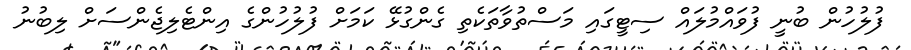
ފުލުހުން ބުނީ ފުވައްމުލައް ސިޓީގައި މަސްތުވާތަކެތި ގެންގުޅޭ ކަމަށް ފުލުހުންގެ އިންޓެލިޖެންސަށް ލިބުނު